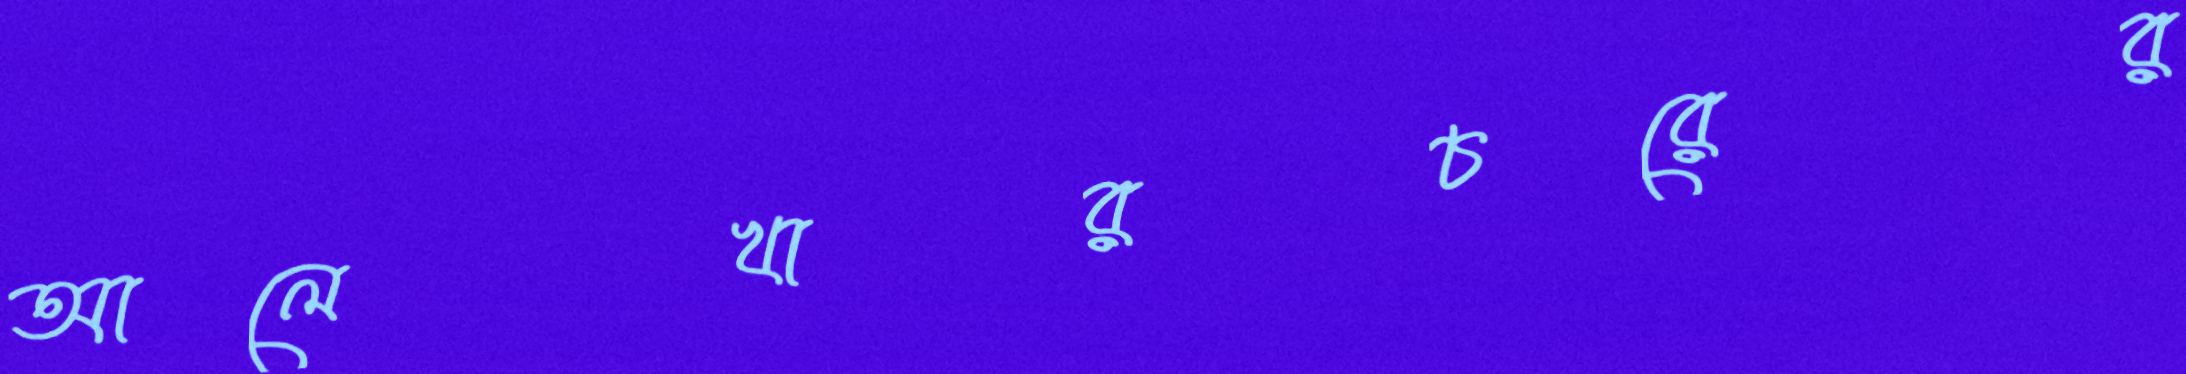
আলেখারচরের